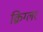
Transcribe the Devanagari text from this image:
क्रिग्लर